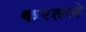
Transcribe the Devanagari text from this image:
करतले